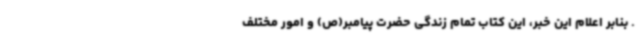
. بنابر اعلام این خبر، این کتاب تمام زندگی حضرت پیامبر(ص) و امور مختلف